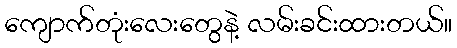
ကျောက်တုံးလေးတွေနဲ့ လမ်းခင်းထားတယ်။